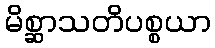
မိစ္ဆာသတိပစ္စယာ